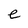
Character: e